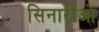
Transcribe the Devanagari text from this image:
सिनारीओ